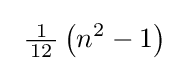
\ {\tfrac {\ 1\ }{12}}\left(n^{2}-1\right)\